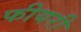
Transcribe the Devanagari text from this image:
फीयरी